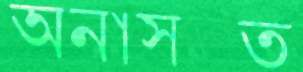
অনাসক্ত